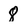
Character: 8